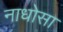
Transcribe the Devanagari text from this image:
नाधोसा